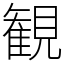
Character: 観